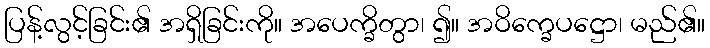
ပြန့်လွင့်ခြင်း၏ အရှိခြင်းကို။ အပေက္ခိတွာ၊ ၍။ အဝိက္ခေပဋ္ဌော၊ မည်၏။